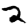
Digit: 2